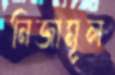
নিজামূল